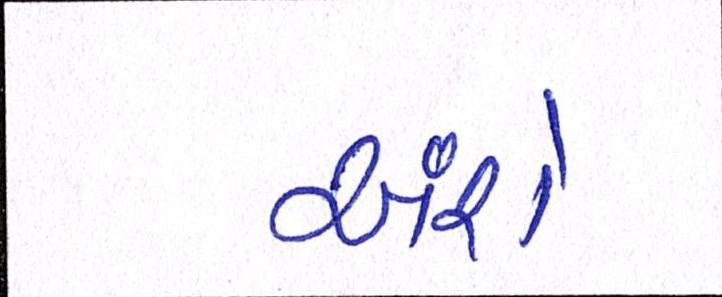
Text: અંશે